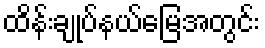
ထိန်းချုပ်နယ်မြေအတွင်း